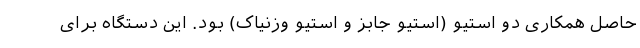
حاصل همکاری دو استیو (استیو جابز و استیو وزنیاک) بود. این دستگاه برای